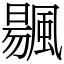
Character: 䬗